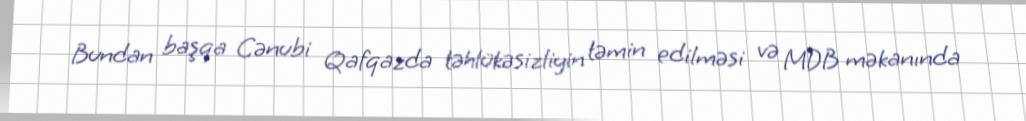
Bundan başqa Cənubi Qafqazda təhlükəsizliyin təmin edilməsi və MDB məkanında